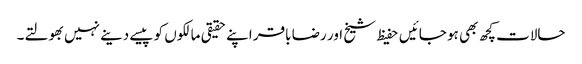
حالات کچھ بھی ہو جائیں حفیظ شیخ اور رضا باقر اپنے حقیقی مالکوں کو پیسے دینے نہیں بھولتے۔